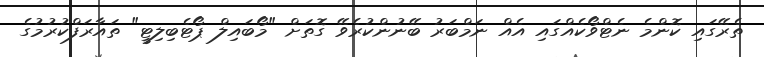
ތެރޭގައި ކޮންމެ ނެޓްވޯކެއްގައި އެއް ނަމްބަރު ބޭނުންކުރެވޭ ގޮތަށް "މޯބައިލް ޕޯޓެބިލިޓީ" ތައާރަފްކުރުމުގެ